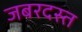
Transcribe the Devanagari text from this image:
जबरदस्त